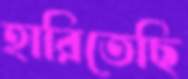
হারিতেছি